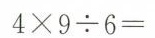
$$4 \times 9 \div 6 =$$